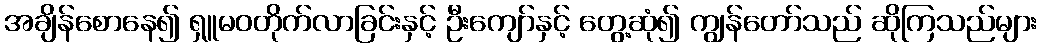
အချိန်စောနေ၍ ရှူမဝတိုက်လာခြင်းနှင့် ဦးကျော်နှင့် တွေ့ဆုံ၍ ကျွန်တော်သည် ဆိုကြသည်များ